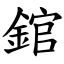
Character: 錧